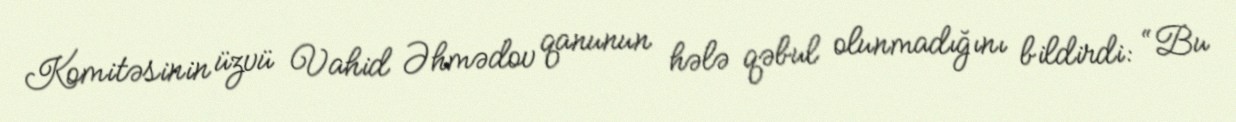
Komitəsinin üzvü Vahid Əhmədov qanunun hələ qəbul olunmadığını bildirdi: “Bu